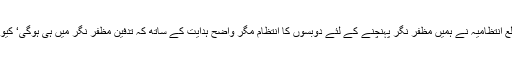
چھوٹی بھائی اشرف جو اپنے اینٹوں کے گھر کے سامنے بیٹھاتھا نے کہاکہ ’’ ضلع انتظامیہ نے ہمیں مظفر نگر پہنچنے کے لئے دوبسوں کا انتظام مگر واضح ہدایت کے ساتھ کہ تدفین مظفر نگر میں ہی ہوگی‘ کیونکہ انہیں ردعمل کا خدشہ لاحق تھا‘ اور ہم نے اس کی ہدایت کو قبول بھی کرلیا‘‘۔